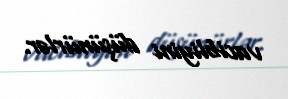
vacibliyini düşünürlər.